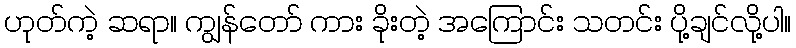
ဟုတ်ကဲ့ ဆရာ။ ကျွန်တော် ကား ခိုးတဲ့ အကြောင်း သတင်း ပို့ချင်လို့ပါ။